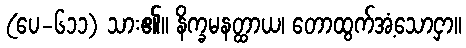
(ပေ-၆၁၁) သား၏။ နိက္ခမနတ္ထာယ၊ တောထွက်အံ့သောငှာ။